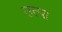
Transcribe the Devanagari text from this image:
उत्पा